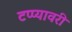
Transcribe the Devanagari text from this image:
टप्प्यावरी